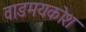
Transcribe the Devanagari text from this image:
वाङमयकोश